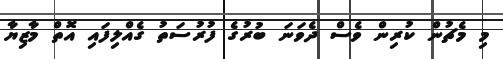
މި މެޗުން ކުރިން ވެސް ދެވަނަ ބުރުގެ ފުރުސަތު ގެއްލިފައި އޮތް މާޒިޔާ